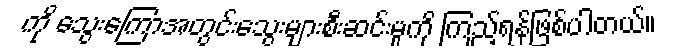
ကို သွေးကြောအတွင်းသွေးများစီးဆင်းမှုကို ကြည့်ရန်ဖြစ်ပါတယ်။